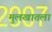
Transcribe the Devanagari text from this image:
मुलखातला